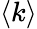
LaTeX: \langle k\rangle